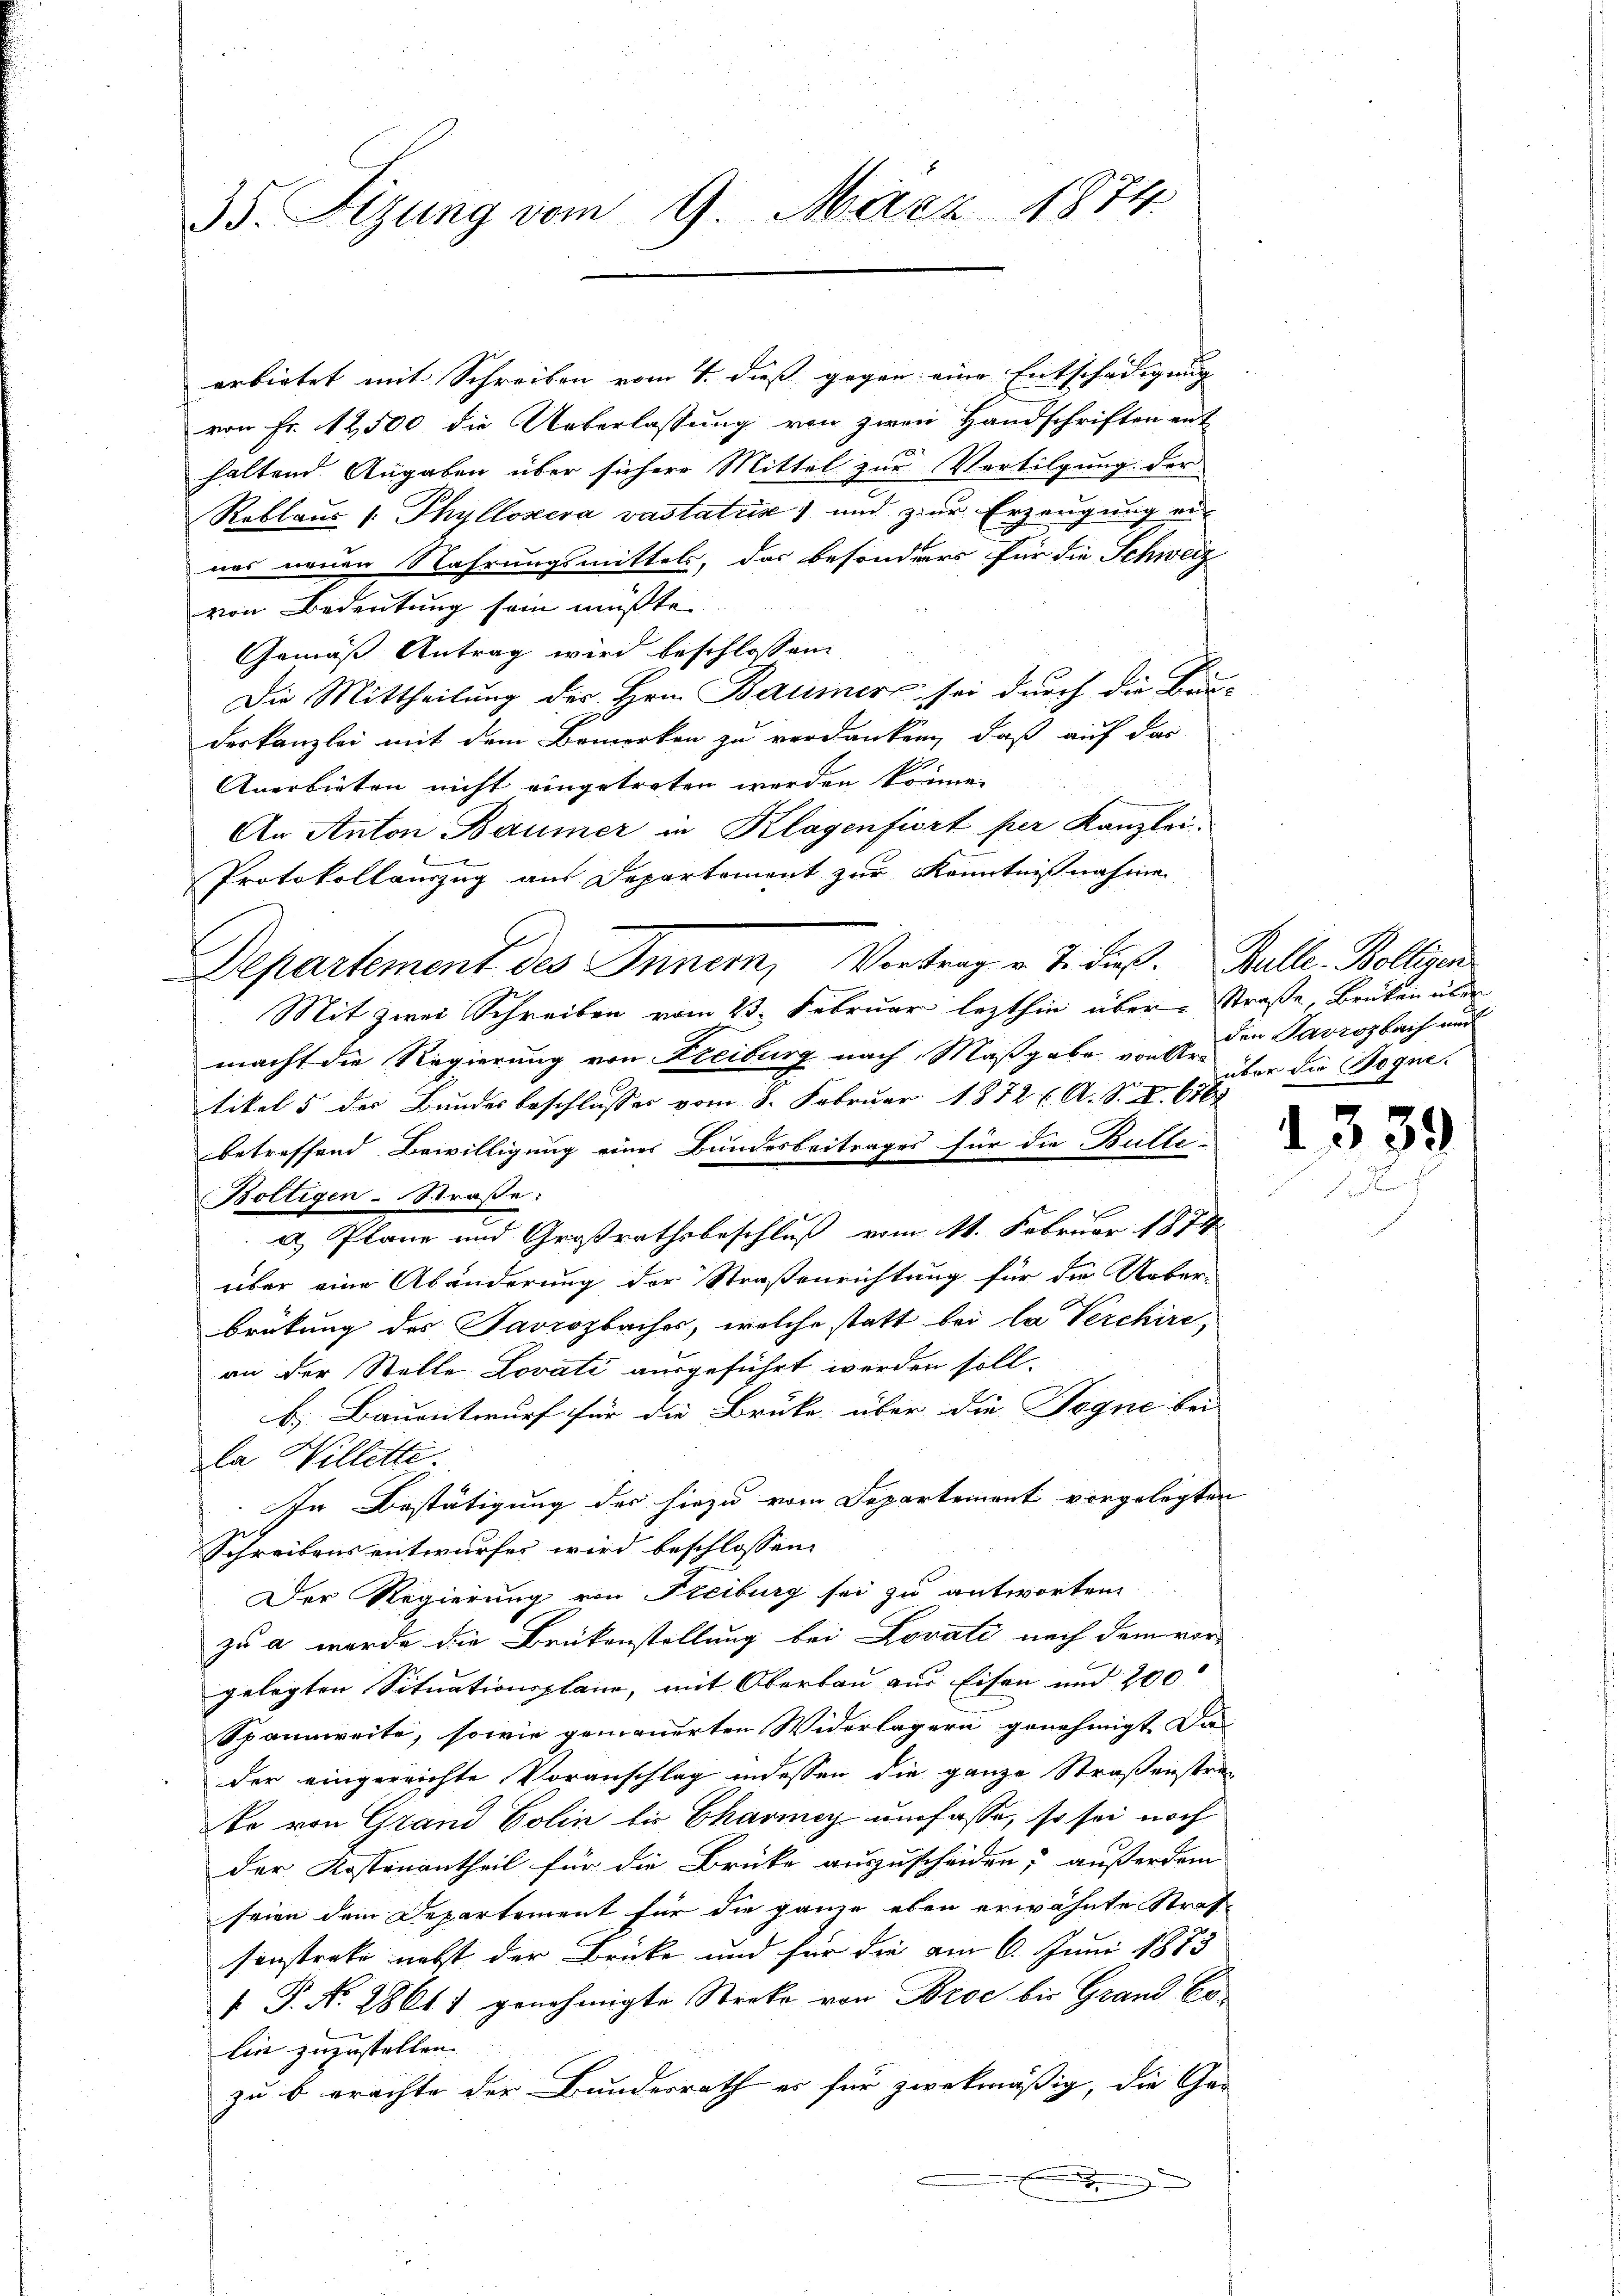
35. Sizung vom 9. März 1874.

erbietet mit Schreiben vom 4. dieß gegen eine Entschädigung
von Fr. 12500 die Ueberlassung von zwei Handschriften ent
haltend. Angaben über sichere Mittel zur Vertilgung der
Reblaus /: Thylloxera vastatus) und zur Erzeugung eines neuen Nahrungsmittels, das besonders für die Schweiz
von Bedeutung sein müßte
Gemäß Antrag wird beschlossen
Die Mittheilung des Hrn. Baumer sei durch die Bau-
derkanzlei mit dem Bemerken zu verdanken, daß auf das
Anerbieten nicht eingetreten werden können
An Anton Baumer in Klagenfiert per Kanzlei.
.
Protokollauszug aus Departement zur Kenntnißnahmen
Mit zwei Schreiben vom 23. Februar lezthin über Straße, Brüken über
macht die Regierung von Freiburg nach Maßgabe von Art ihm die Rognetikel 5 der Bundesbeschlusses vom 8. Februar 1872 f. A. S. X. 616
betreffend Bewilligung eines Bundesbeitrages für die Bulle-
a Plane und Großrathsbeschluß vom 11. Februar 1874
über eine Abänderung der Straßenrichtung für die Ueber-
brütung des Savrozbaches, welche statt bei la Verchire,
an der Stelle Lovati ausgeführt werden soll.
b. Bauentwurf für die Brüke über die Segne bei |
la Willette.
In Bestätigung der hiezu vom Departement vorgelegten
Schreibens entwurfes wird beschlossen:
Der Regierung von Freiburg sei zu antworten
zu a wurde die Brükenstellung bei Lovati nach dem vor-
gelegten Situationsplane, mit Oberbau aus Eisen und 200
Spannweite, sowie gemauerten Widerlagern genehmigt das
der eingereichte Voranschlag indessen die ganze Straßenstrato von Grand Polin bis Charmoy umfasse, so sei noch
der Kostenantheil für die Brücke auszuscheiden, außerdem
seien dem Departement für die ganze eben erwähnte Straf-
sonstreke nebst der Brücke und für die am 6. Juni 1883
 P. Nr. 28617 genehmigte Streke von Broc bis Grand Colin zuzustellen.
zu b erachte der Bundesrath es für zwekmäßig, die Ge-
e
.

Boltigen - Straße:

Departement des Inner, Vortrag v. J. dieß. Bulle. Bolliren

den Parzozbach und

1339